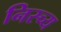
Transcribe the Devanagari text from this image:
निस्च्य